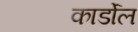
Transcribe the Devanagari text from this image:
कार्डोल